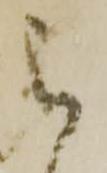
被